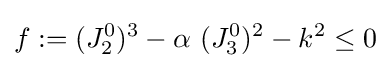
f:=(J_{2}^{0})^{3}-\alpha ~(J_{3}^{0})^{2}-k^{2}\leq 0